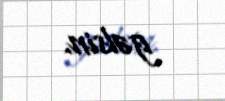
gəlsin.